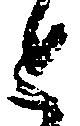
と